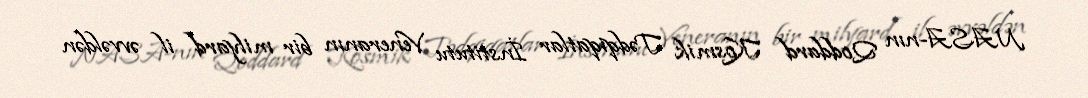
NASA-nın Qoddard Kosmik Tədqiqatlar İnstitutu Veneranın bir milyard il əvvəldən